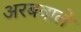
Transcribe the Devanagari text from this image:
अरबवाले